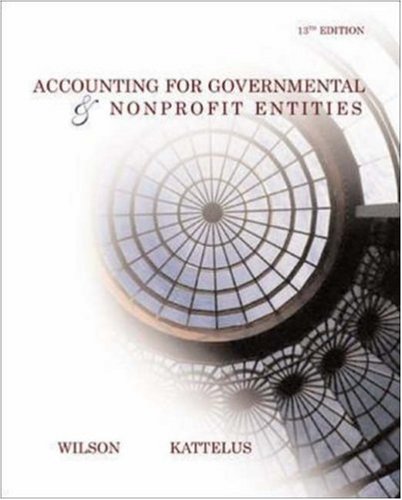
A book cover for Accounting for Governmental and Nonprofit Entities w/ City of Smithville; Earl R Wilson; Business & Money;